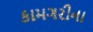
કામગરીના